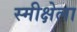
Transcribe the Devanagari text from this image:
स्मीक्षेला